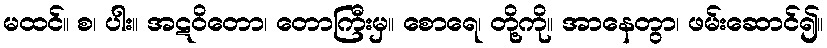
မထင်။ စ၊ ပါး။ အဋဝိတော၊ တောကြီးမှ။ စောရေ၊ တို့ကို။ အာနေတွာ၊ ဖမ်းဆောင်၍။